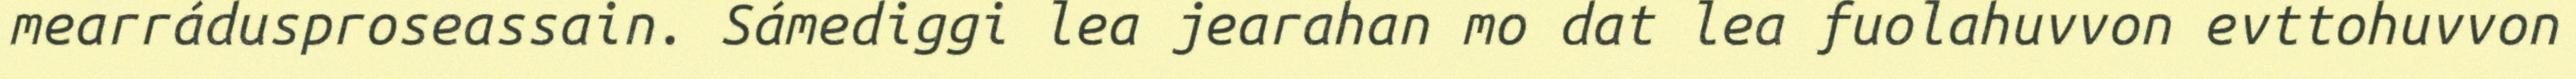
mearrádusproseassain. Sámediggi lea jearahan mo dat lea fuolahuvvon evttohuvvon